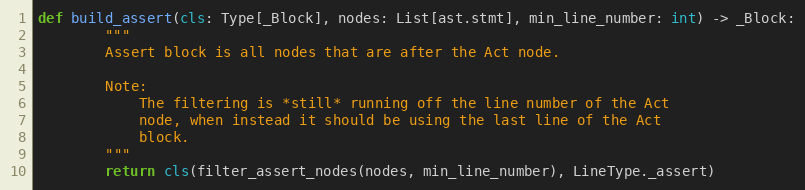
Language: Python
def build_assert(cls: Type[_Block], nodes: List[ast.stmt], min_line_number: int) -> _Block:
        """
        Assert block is all nodes that are after the Act node.

        Note:
            The filtering is *still* running off the line number of the Act
            node, when instead it should be using the last line of the Act
            block.
        """
        return cls(filter_assert_nodes(nodes, min_line_number), LineType._assert)